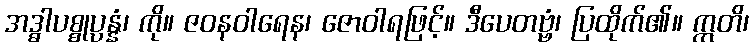
အဒ္ဓါပစ္စုပ္ပန္နံ၊ ကို။ ဇဝနဝါရေန၊ ဇောဝါရဖြင့်။ ဒီပေတဗ္ဗံ၊ ပြထိုက်၏။ ဣတိ၊